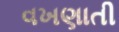
વખણાતી